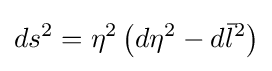
ds^{2}=\eta ^{2}\left(d\eta ^{2}-d{\bar {l}}^{2}\right)